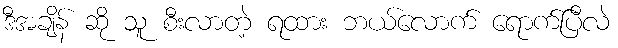
ဒီအချိန် ဆို သူ စီးလာတဲ့ ရထား ဘယ်လောက် ရောက်ပြီလဲ